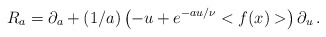
\begin{align*}R_a= \partial_a + (1/a)\left(-u+e^{-au/\nu} <f(x)> \right)\partial_u \,.\end{align*}